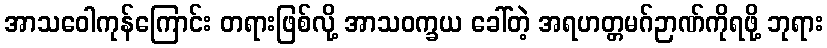
အာသဝေါကုန်ကြောင်း တရားဖြစ်လို့ အာသဝက္ခယ ခေါ်တဲ့ အရဟတ္တမဂ်ဉာဏ်ကိုရဖို့ ဘုရား